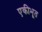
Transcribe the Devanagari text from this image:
एकीभूत